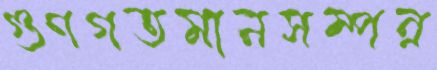
গুণগতমানসম্পন্ন